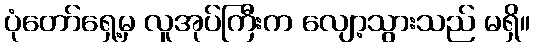
ပုံတော်ရှေ့မှ လူအုပ်ကြီးက လျော့သွားသည် မရှိ။